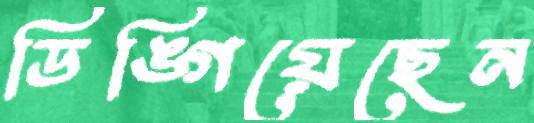
ডিঙ্গিয়েছেন